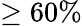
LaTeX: \ge 60\%